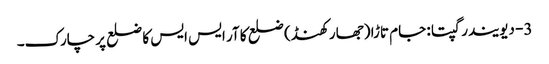
3- دیویندر گپتا : جام تاڑا (جھار کھنڈ) ضلع کا آر ایس ایس کا ضلع پرچارک۔